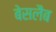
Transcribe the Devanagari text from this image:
बेसलैब